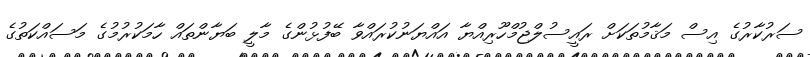
ސަރުކާރުގެ އިސް މަޤާމުތަކަށް ރައީސުލްޖުމްހޫރިއްޔާ އައްޔަނުކުރައްވާ ބޭފުޅުންގެ މާލީ ބަޔާންތައް ހާމަކުރުމުގެ މަސައްކަތުގެ